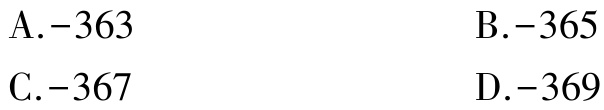
A.$-363$
B.$-365$
C.$-367$
D.$-369$